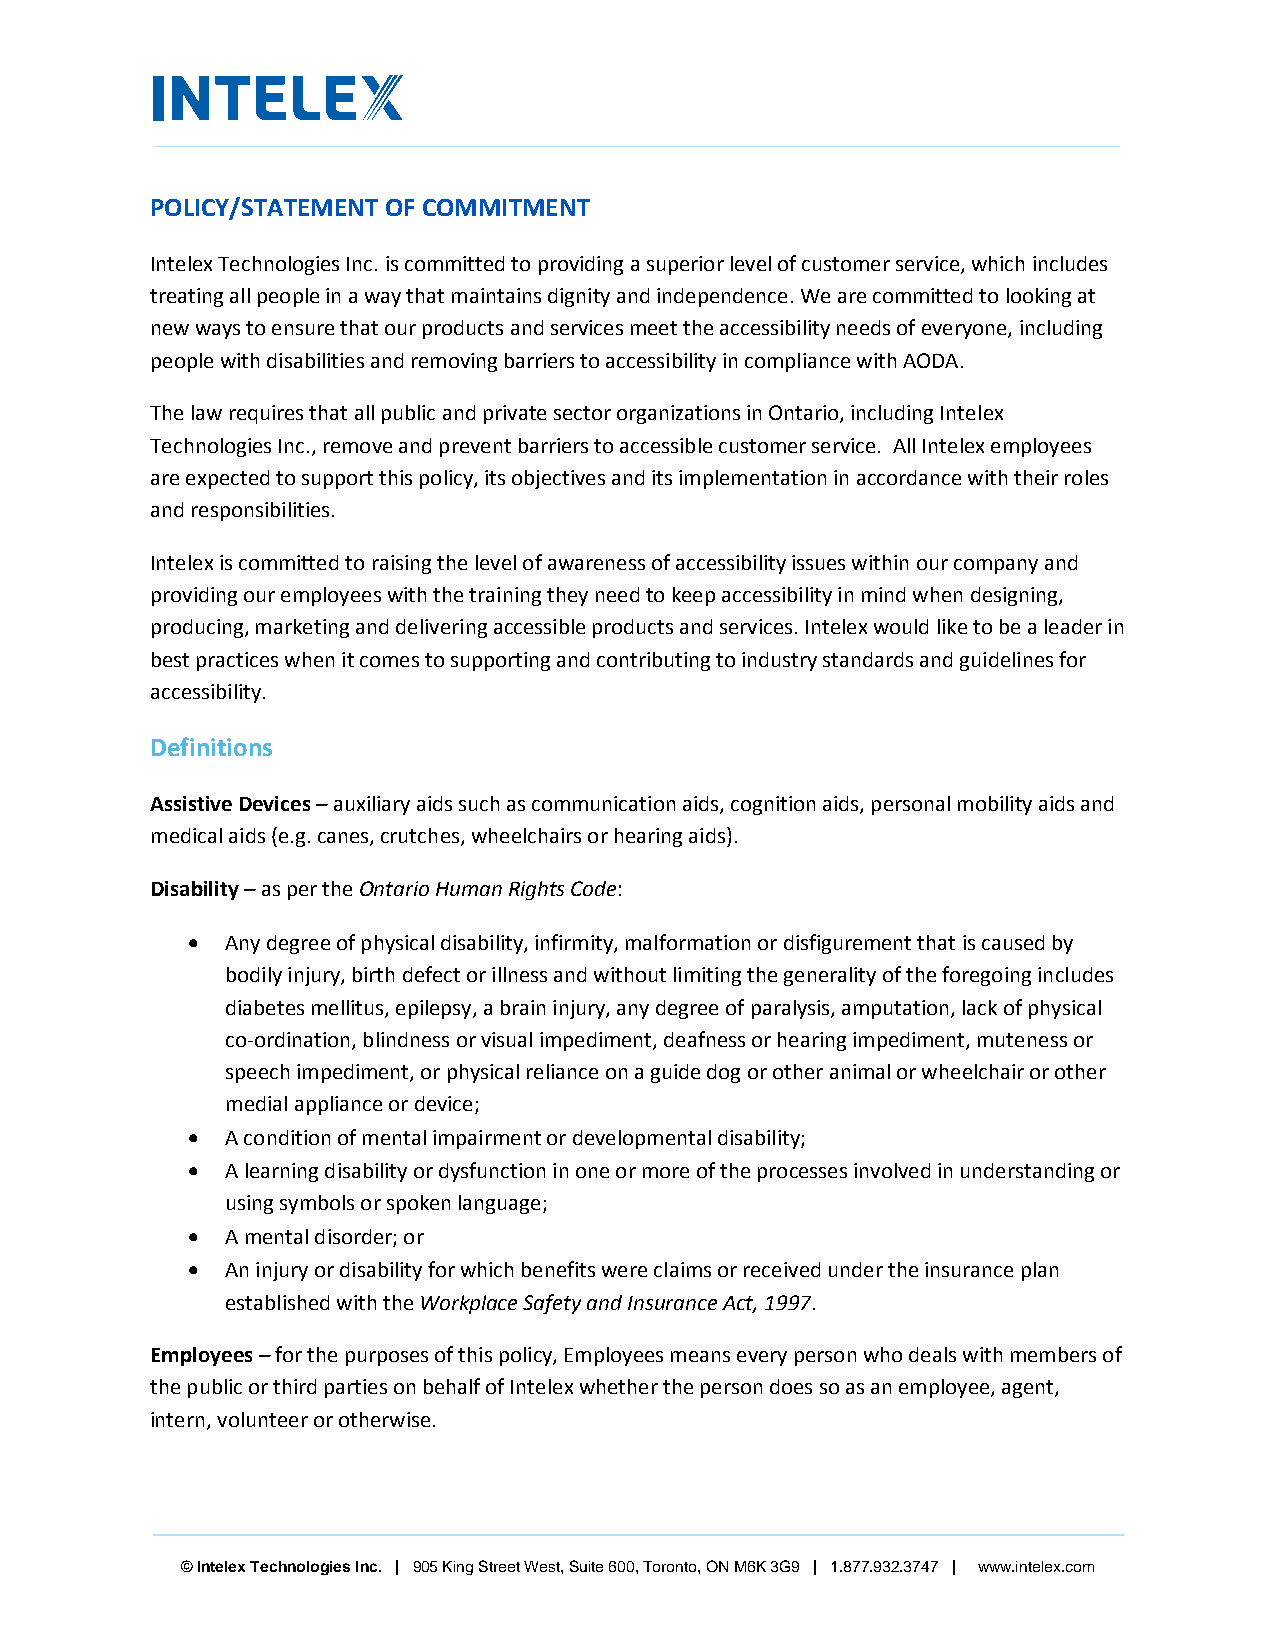
POLICY/STATEMENT OF COMMITMENT
 Intelex Technologies Inc. is committed to providing a superior level of customer service, which includes
 treating all people in a way that maintains dignity and independence. We are committed to looking at
 new ways to ensure that our products and services meet the accessibility needs of everyone, including
 people with disabilities and removing barriers to accessibility in compliance with AODA.
 The law requires that all public and private sector organizations in Ontario, including Intelex
 Technologies Inc., remove and prevent barriers to accessible customer service. All Intelex employees
 are expected to support this policy, its objectives and its implementation in accordance with their roles
 and responsibilities.
 Intelex is committed to raising the level of awareness of accessibility issues within our company and
 providing our employees with the training they need to keep accessibility in mind when designing,
 producing, marketing and delivering accessible products and services. Intelex would like to be a leader in
 best practices when it comes to supporting and contributing to industry standards and guidelines for
 accessibility.
 Definitions
 Assistive Devices – auxiliary aids such as communication aids, cognition aids, personal mobility aids and
 medical aids (e.g. canes, crutches, wheelchairs or hearing aids).
 Disability – as per the Ontario Human Rights Code:
   Any degree of physical disability, infirmity, malformation or disfigurement that is caused by
 bodily injury, birth defect or illness and without limiting the generality of the foregoing includes
 diabetes mellitus, epilepsy, a brain injury, any degree of paralysis, amputation, lack of physical
 co-ordination, blindness or visual impediment, deafness or hearing impediment, muteness or
 speech impediment, or physical reliance on a guide dog or other animal or wheelchair or other
 medial appliance or device;
   A condition of mental impairment or developmental disability;
   A learning disability or dysfunction in one or more of the processes involved in understanding or
 using symbols or spoken language;
   A mental disorder; or
   An injury or disability for which benefits were claims or received under the insurance plan
 established with the Workplace Safety and Insurance Act, 1997.
 Employees – for the purposes of this policy, Employees means every person who deals with members of
 the public or third parties on behalf of Intelex whether the person does so as an employee, agent,
 intern, volunteer or otherwise.
 © Intelex Technologies Inc. | 905 King Street West, Suite 600, Toronto, ON M6K 3G9 | 1.877.932.3747 | www.intelex.com